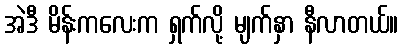
အဲဒီ မိန်းကလေးက ရှက်လို့ မျက်နှာ နီလာတယ်။